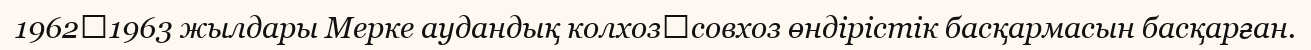
1962‑1963 жылдары Мерке аудандық колхоз‑совхоз өндірістік басқармасын басқарған.